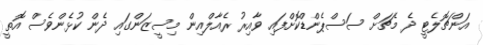
އަންޗޮލެޓީ ދެ މެޗަށް ސަސްޕެންޑްކޮށްފައި ވާއިރު ރެއާލްއިން މިސީޒަންގައި ދެން ކުޅެންވެސް އޮތީ